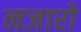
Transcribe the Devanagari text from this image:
नजारो